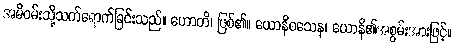
အမိဝမ်းသို့သက်ရောက်ခြင်းသည်။ ဟောတိ၊ ဖြစ်၏။ ယောနိဝသေန၊ ယောနိ၏အစွမ်းအားဖြင့်။